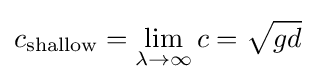
c_{\text{shallow}}=\lim _{\lambda \rightarrow \infty }c={\sqrt {gd}}